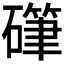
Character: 𰧤